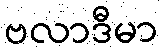
ဗလာဒီမာ